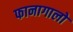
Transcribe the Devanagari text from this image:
फानागालो